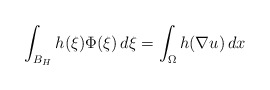
\begin{align*}\int _{B_{H}} h(\xi) \Phi(\xi)\, d\xi = \int _\Omega h(\nabla u)\, dx\end{align*}